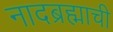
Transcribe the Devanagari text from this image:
नादब्रह्माची